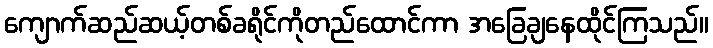
ကျောက်ဆည်ဆယ့်တစ်ခရိုင်ကိုတည်ထောင်ကာ အခြေချနေထိုင်ကြသည်။